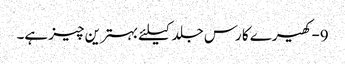
9-کھیرے کا رس جلد کیلئے بہترین چیز ہے۔